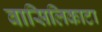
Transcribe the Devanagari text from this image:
बासिलिकाटा